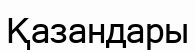
Қазандары